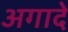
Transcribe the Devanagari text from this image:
अगादे